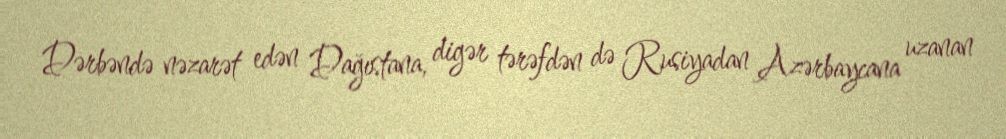
Dərbəndə nəzarət edən Dağıstana, digər tərəfdən də Rusiyadan Azərbaycana uzanan